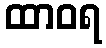
ထာဝရ